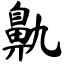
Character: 鼽